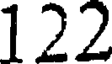
122